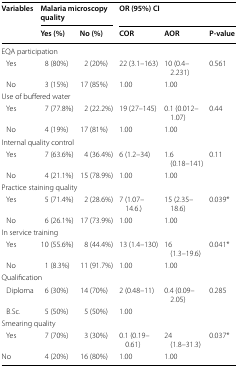
<table><thead><tr><td rowspan="2"><b>Variables</b></td><td colspan="2"><b>Malaria microscopy quality</b></td><td colspan="3"><b>OR (95%) CI</b></td></tr><tr><td><b>Yes (%)</b></td><td><b>No (%)</b></td><td><b>COR</b></td><td><b>AOR</b></td><td><b>P-value</b></td></tr></thead><tbody><tr><td colspan="6">EQA participation</td></tr><tr><td> Yes</td><td>8 (80%)</td><td>2 (20%)</td><td>22 (3.1–163)</td><td>10 (0.4–2.231)</td><td>0.561</td></tr><tr><td> No</td><td>3 (15%)</td><td>17 (85%)</td><td>1.00</td><td>1.00</td><td></td></tr><tr><td colspan="6">Use of buffered water</td></tr><tr><td> Yes</td><td>7 (77.8%)</td><td>2 (22.2%)</td><td>19 (27–145)</td><td>0.1 (0.012–1.07)</td><td>0.44</td></tr><tr><td> No</td><td>4 (19%)</td><td>17 (81%)</td><td>1.00</td><td>1.00</td><td></td></tr><tr><td colspan="6">Internal quality control</td></tr><tr><td> Yes</td><td>7 (63.6%)</td><td>4 (36.4%)</td><td>6 (1.2–34)</td><td>1.6 (0.18–141)</td><td>0.11</td></tr><tr><td> No</td><td>4 (21.1%)</td><td>15 (78.9%)</td><td>1.00</td><td>1.00</td><td></td></tr><tr><td colspan="6">Practice staining quality</td></tr><tr><td> Yes</td><td>5 (71.4%)</td><td>2 (28.6%)</td><td>7 (1.07–14.6.)</td><td>15 (2.35–18.6)</td><td>0.039*</td></tr><tr><td> No</td><td>6 (26.1%)</td><td>17 (73.9%)</td><td>1.00</td><td>1.00</td><td></td></tr><tr><td colspan="6">In service training</td></tr><tr><td> Yes</td><td>10 (55.6%)</td><td>8 (44.4%)</td><td>13 (1.4–130)</td><td>16 (1.3–19.6)</td><td>0.041*</td></tr><tr><td> No</td><td>1 (8.3%)</td><td>11 (91.7%)</td><td>1.00</td><td>1.00</td><td></td></tr><tr><td colspan="6">Qualification</td></tr><tr><td> Diploma</td><td>6 (30%)</td><td>14 (70%)</td><td>2 (0.48–11)</td><td>0.4 (0.09–2.05)</td><td>0.285</td></tr><tr><td> B.Sc.</td><td>5 (50%)</td><td>5 (50%)</td><td>1.00</td><td></td><td></td></tr><tr><td colspan="6">Smearing quality</td></tr><tr><td> Yes</td><td>7 (70%)</td><td>3 (30%)</td><td>0.1 (0.19–0.61)</td><td>24 (1.8–31.3)</td><td>0.037*</td></tr><tr><td>No</td><td>4 (20%)</td><td>16 (80%)</td><td>1.00</td><td>1.00</td><td></td></tr></tbody></table>